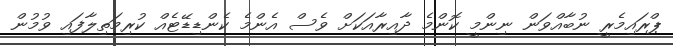
ޕްރައިމެރީ ނުބާއްވަން ނިންމީ ކޮންމެ ދާއިރާއަކަށް ވެސް އެންމެ ކެންޑިޑޭޓެއް ކުރިމަތިލާފައި ވުމުން